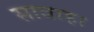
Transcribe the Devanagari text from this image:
सावाहा